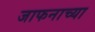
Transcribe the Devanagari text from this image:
जाफनाच्या